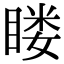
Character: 䁖